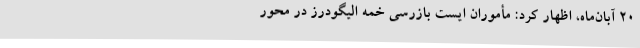
20 آبان‌ماه، اظهار کرد: مأموران ایست بازرسی خمه الیگودرز در محور